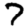
Digit: 7